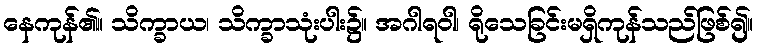
နေကုန်၏။ သိက္ခာယ၊ သိက္ခာသုံးပါး၌။ အဂါရဝါ၊ ရိုသေခြင်းမရှိကုန်သည်ဖြစ်၍။